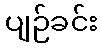
ပျဉ်ခင်း